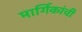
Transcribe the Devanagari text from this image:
मार्गिकांची